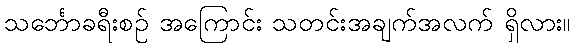
သင်္ဘောခရီးစဉ် အကြောင်း သတင်းအချက်အလက် ရှိလား။